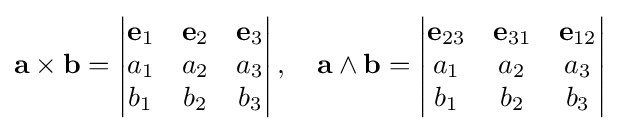
\mathbf {a} \times \mathbf {b} ={\begin{vmatrix}\mathbf {e} _{1}&\mathbf {e} _{2}&\mathbf {e} _{3}\\a_{1}&a_{2}&a_{3}\\b_{1}&b_{2}&b_{3}\end{vmatrix}}\,,\quad \mathbf {a} \wedge \mathbf {b} ={\begin{vmatrix}\mathbf {e} _{23}&\mathbf {e} _{31}&\mathbf {e} _{12}\\a_{1}&a_{2}&a_{3}\\b_{1}&b_{2}&b_{3}\end{vmatrix}}